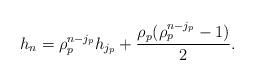
LaTeX: \begin{align*}h_{n} = \rho_p^{n-j_p} h_{j_p} + \frac{\rho_p(\rho_p^{n-j_p}-1)}{2} . \end{align*}